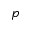
p